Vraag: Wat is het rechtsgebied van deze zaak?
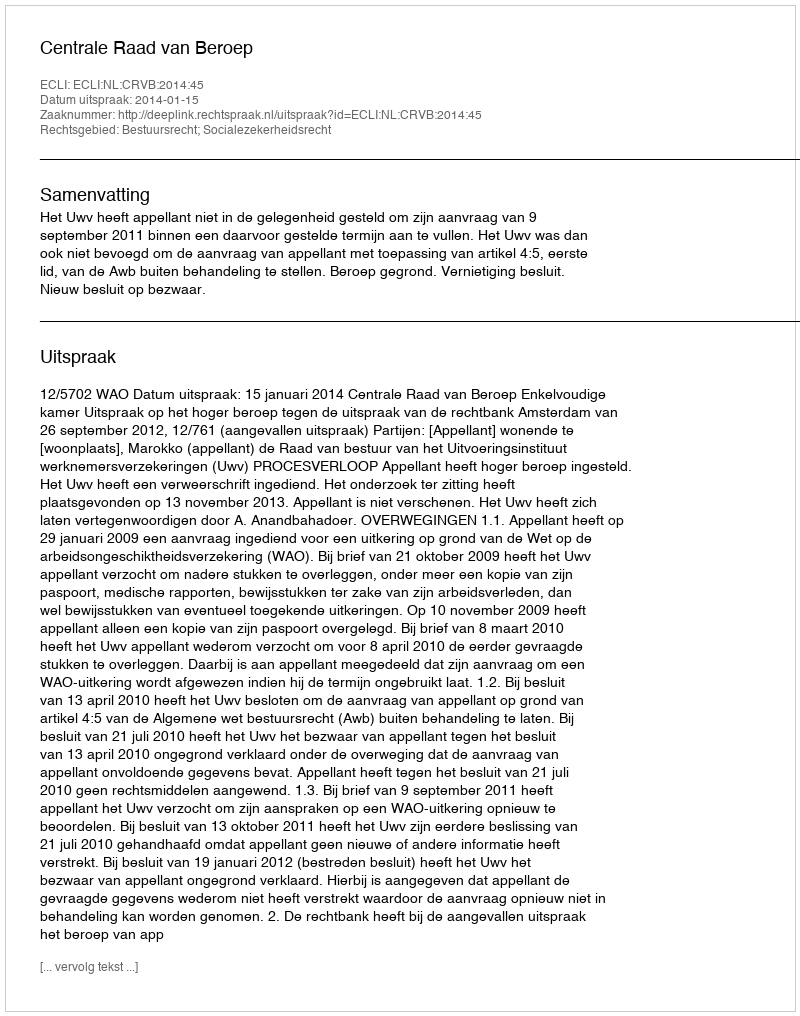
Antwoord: Bestuursrecht; Socialezekerheidsrecht